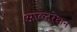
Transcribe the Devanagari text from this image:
आल्टरेशन